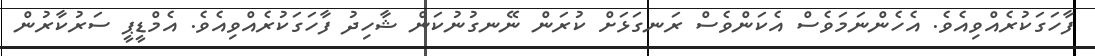
ފާހަގަކުރެއްވިއެވެ. އެހެންނަމަވެސް އެކަންވެސް ރަނގަޅަށް ކުރަން ނޭނގުނުކަން ޝާހިދު ފާހަގަކުރެއްވިއެވެ. އެމްޑީޕީ ސަރުކާރުން